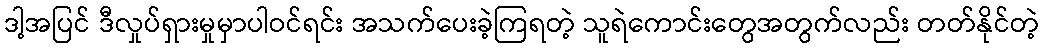
ဒါ့အပြင် ဒီလှုပ်ရှားမှုမှာပါဝင်ရင်း အသက်ပေးခဲ့ကြရတဲ့ သူရဲကောင်းတွေအတွက်လည်း တတ်နိုင်တဲ့